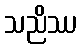
သညိဿ